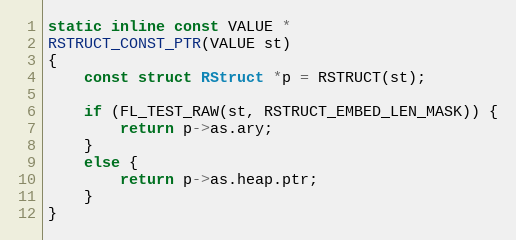
Language: C
static inline const VALUE *
RSTRUCT_CONST_PTR(VALUE st)
{
    const struct RStruct *p = RSTRUCT(st);

    if (FL_TEST_RAW(st, RSTRUCT_EMBED_LEN_MASK)) {
        return p->as.ary;
    }
    else {
        return p->as.heap.ptr;
    }
}